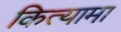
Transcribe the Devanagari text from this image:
कित्यामा